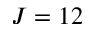
J = 1 2